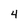
Character: 4